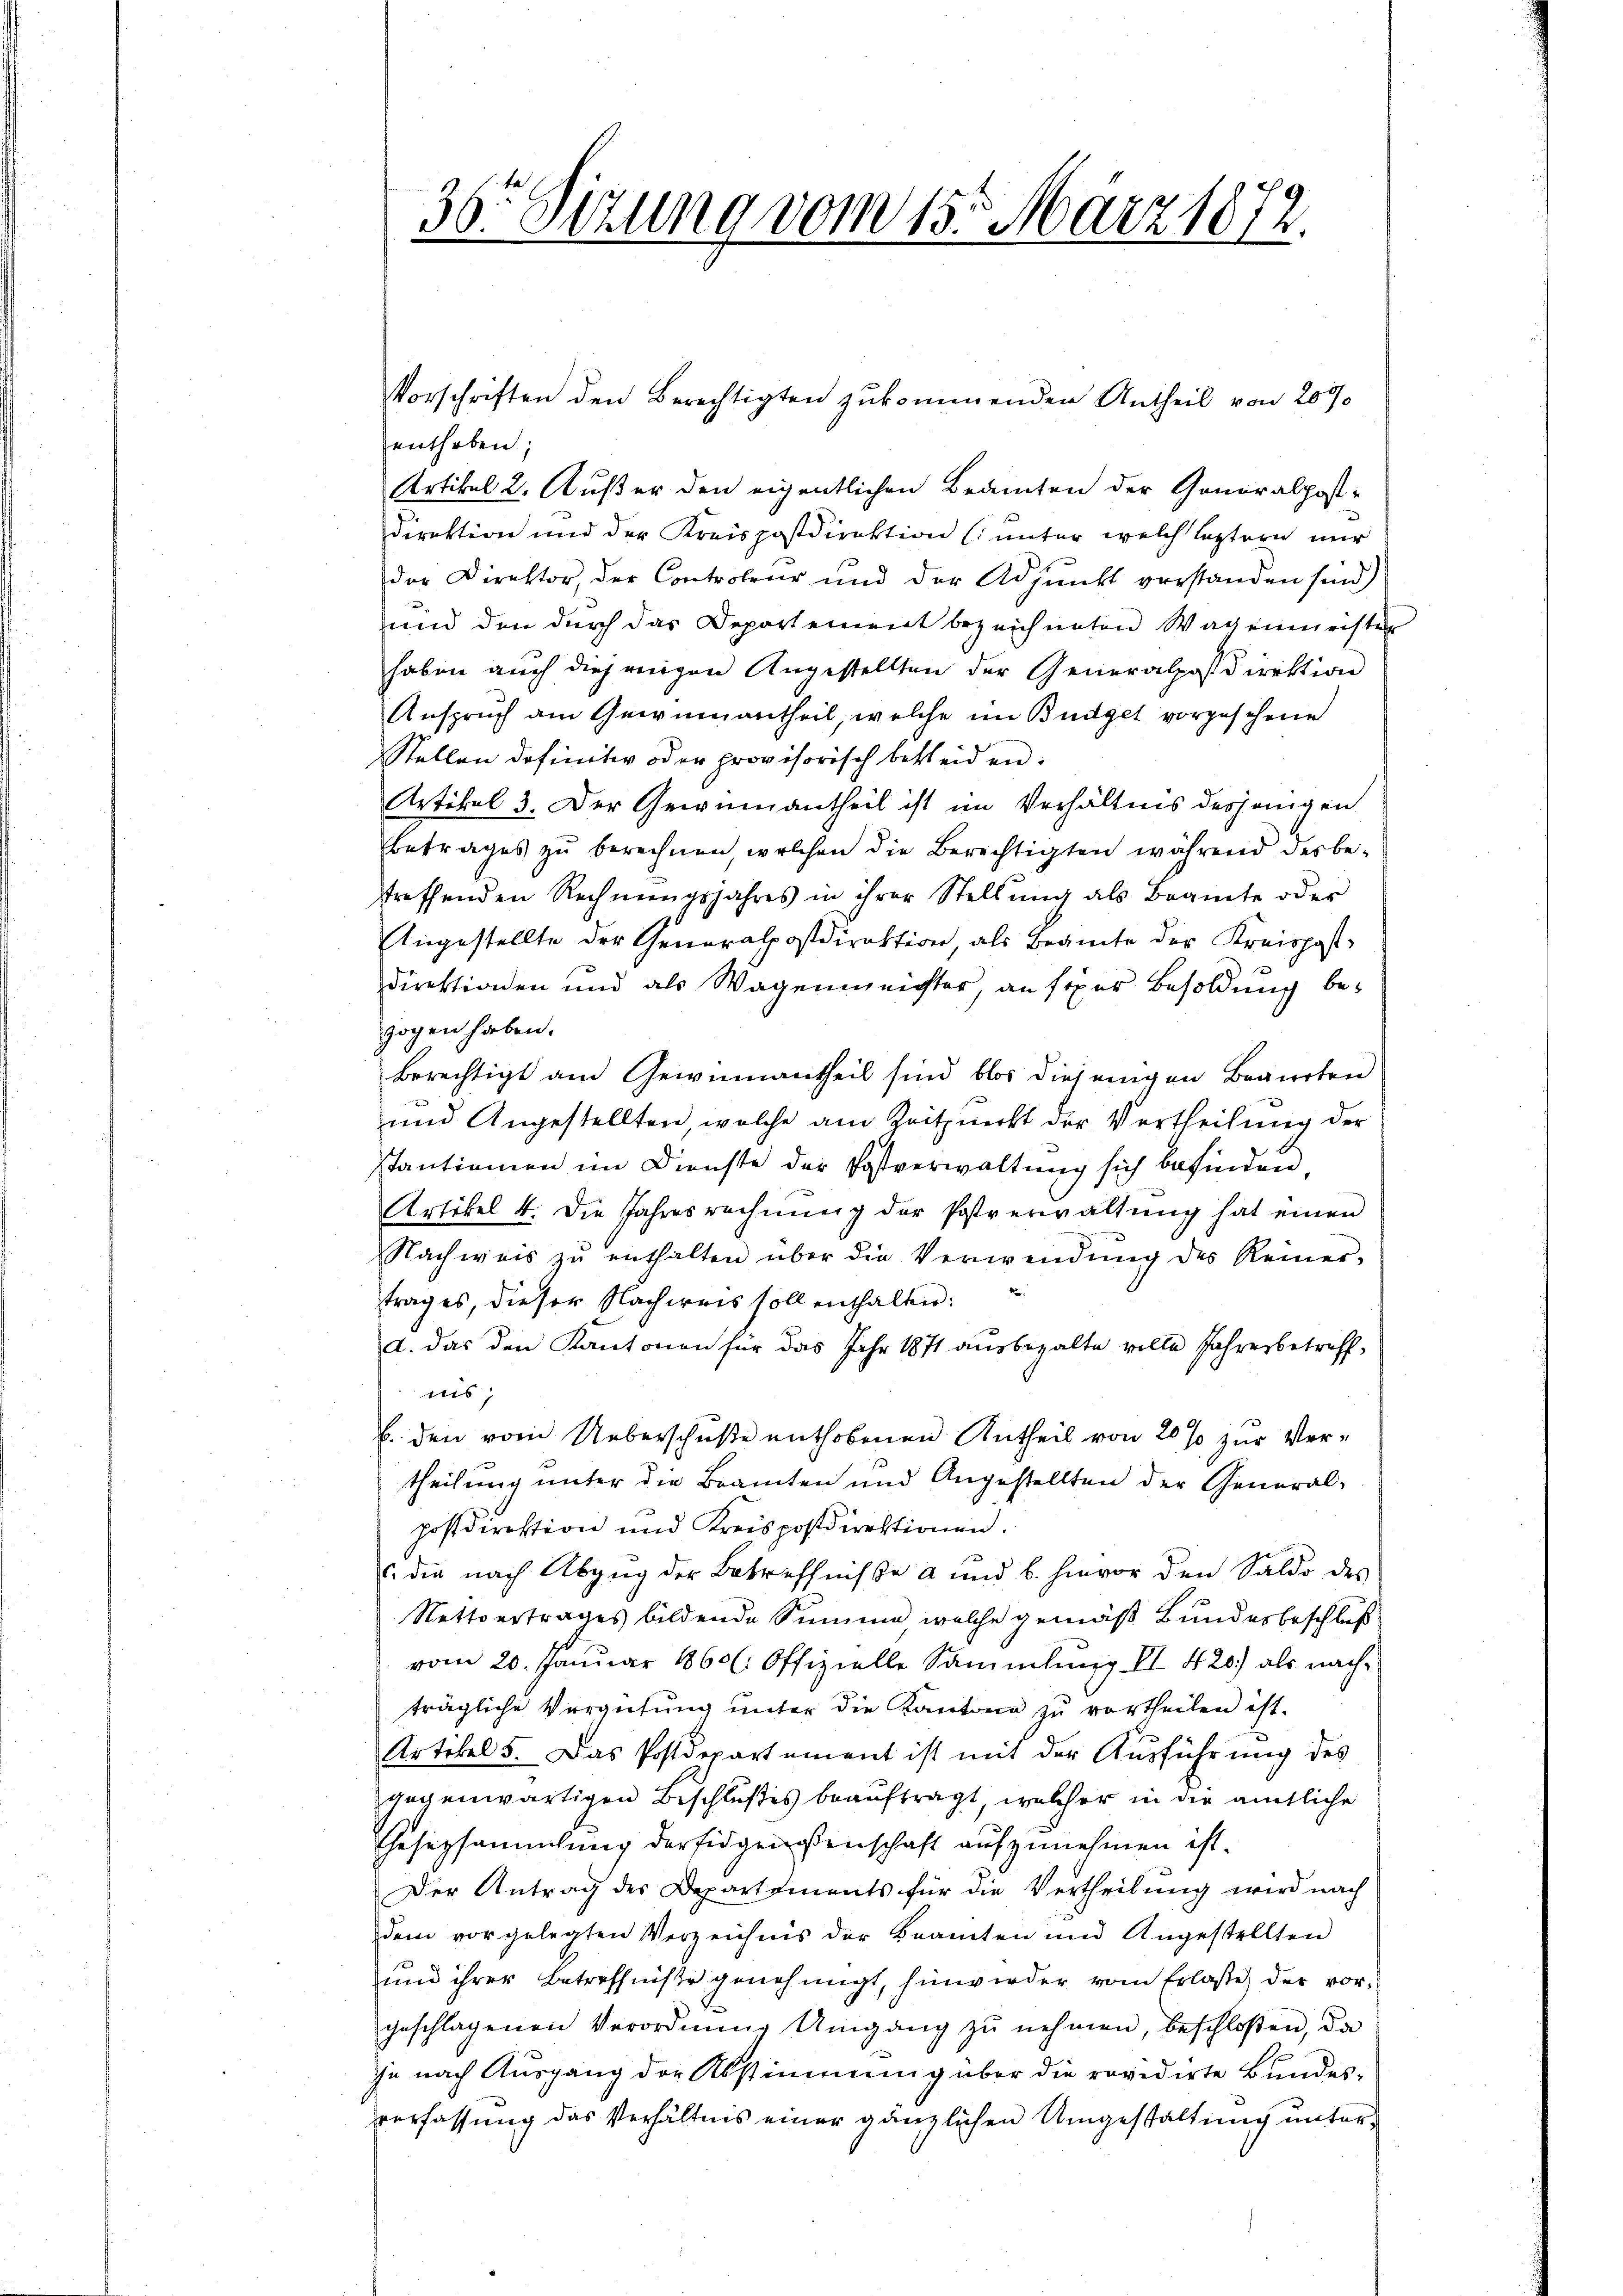
36. Sezung vom 15. März 1872.

Vorschriften den Berechtigten zukommenden Antheil von 209
entheben;
Artikel 2. Außer den eigentlichen Beamten der Generalpost-
Direktion und der Kreispostdirektion (unter welch leztern nur
der Direktor, der Controleur und der Adjunkt verstanden sind)
und den durch das Departement bezeichneten Wagenmeister
haben auch diejenigen Angestellten der Generalpostdirektion
Anspruch am Gewinnantheil, welche im Büdget vorgesehene
Stellen definitiv oder provisorisch bekleiden.
Artikel 3. Der Gewinnantheil ist im Verhältnis desjenigen
Betrages zŭ berechnen, welchen die Berechtigten während des be-
streffenden Rechnŭngsjahres in ihrer Stellŭng als Beamte oder
Angestellte der Generalpostdirektion als Beamte der Kreispost
direktionen und als Wagenmeichter, an siper Besoldung bezogen haben.
berechtigt am Gewinnantheil sind blos diejenigen Bauerten
und Angestellten, welche am Zeitpunkt der Vertheilung der
Tantiemen im Dienste der Postverwaltung sich befinden.
Artikel 4. die Jahresrechnŭng der Postverwaltŭng hat einen
Nachweis zŭ enthalten über die Verwendŭng des Reiner-
d
trag es, dieser Nachweis soll enthalten:
a. das den Kantonen für das Jahr 1871 ausbezalte volle Jahresbetreff
mis,
b. den vom Ueberschuße enthobenen Antheil von 20 % zur Ver-
theilung unter die Beamten und Angestellten der General-
postdirektion und Kreispostdirektionen.
. die nach Abzug der Betreffnisse a und b. hievor den Saldo des
Nettvertrages bildende Summe welche gemäß Bundesbeschluß
vom 20. Januar 1860 Offizielle Sammlung II 420.) als nachträgliche Vergütŭng ŭnter die Kantone zu vortheilen ist.
Artikel 5. Das Postdepartement ist mit der Ausführung des
gegenwärtigen Beschlußes beauftragt, welcher in die amtliche
Gesetzsammlung der Eidgenossenschaft aufzunehmen ist.
Der Antrag des Departements für die Vertheilung wird nach
dem vorgelegten Verzeichnis der Beamten und Angestellten
und ihrer Betreffnisse genehmigt, hinwieder vom Erlasse der vorgeschlagenen Verordnung Umgang zŭ nehmen, beschloßen, da
Je nach Ausgang der Abstimmung über die revidirte Bundesverfassung das Verhältnis einer gänzlichen Umgestaltung unter¬